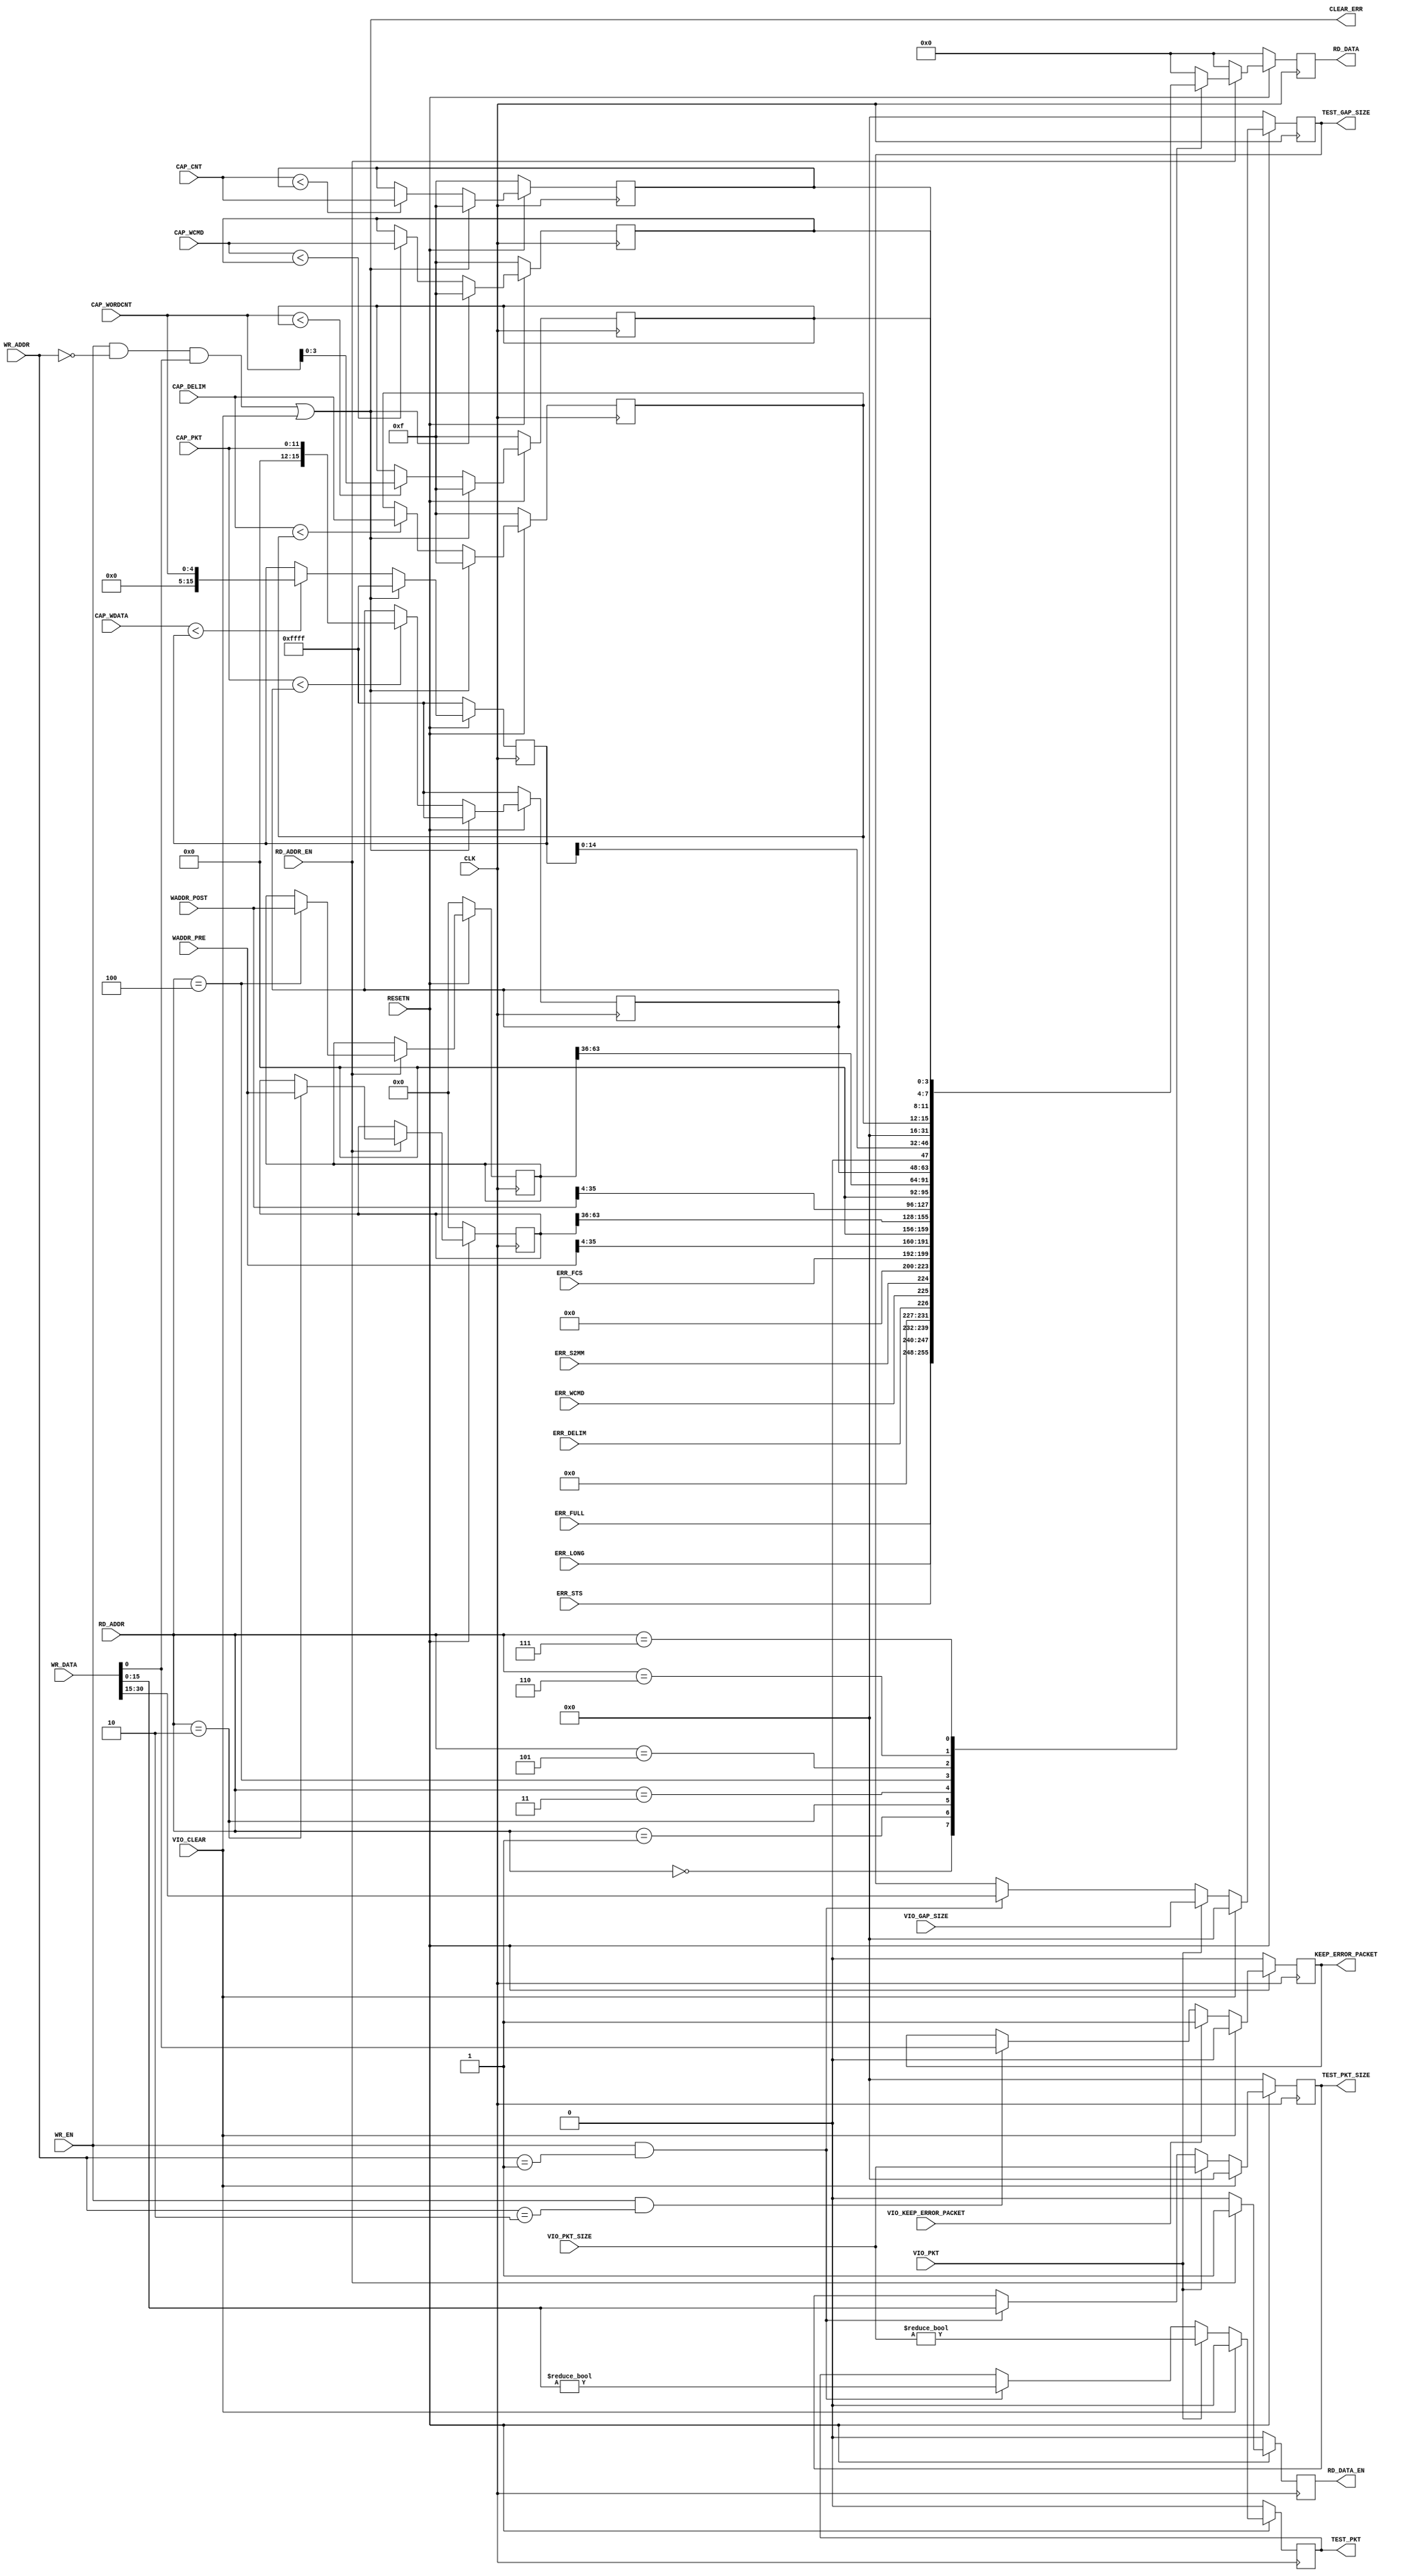

// Copyright (C) Akira Higuchi  ( https://github.com/ahiguti )
// Copyright (C) DeNA Co.,Ltd. ( https://dena.com )
// All rights reserved.
// See COPYRIGHT.txt for details


module rx_wrmem_regs(
input CLK,
input RESETN,
input RD_ADDR_EN,
input [7:0] RD_ADDR,
output RD_DATA_EN,
output [31:0] RD_DATA,
input WR_EN,
input [7:0] WR_ADDR,
input [31:0] WR_DATA,
input ERR_S2MM,
input ERR_WCMD,
input ERR_DELIM,
input [7:0] ERR_STS,
input [63:0] WADDR_PRE,
input [63:0] WADDR_POST,
input [7:0] ERR_LONG,
input [7:0] ERR_FCS,
input [7:0] ERR_FULL,
input [11:0] CAP_PKT,
input [14:0] CAP_WDATA,
input [4:0] CAP_WORDCNT,
input [3:0] CAP_WCMD,
input [3:0] CAP_CNT,
input [3:0] CAP_DELIM,
input VIO_CLEAR,
input VIO_PKT,
input [15:0] VIO_PKT_SIZE,
input [15:0] VIO_GAP_SIZE,
input VIO_KEEP_ERROR_PACKET,
output CLEAR_ERR,
output TEST_PKT,
output [15:0] TEST_PKT_SIZE,
output [15:0] TEST_GAP_SIZE,
output KEEP_ERROR_PACKET
);

reg rd_data_en;
reg [31:0] rd_data;

reg [63:0] waddr_pre;
reg [63:0] waddr_post;

reg [15:0] cap_pkt;
reg [15:0] cap_wdata;
reg [3:0] cap_wordcnt;
reg [3:0] cap_wcmd;
reg [3:0] cap_cnt;
reg [3:0] cap_delim;

reg test_pkt;
reg [15:0] test_pkt_size;
reg [15:0] test_gap_size;
reg keep_error_packet;

wire clear_err = (WR_EN && (WR_ADDR == 0) && WR_DATA[0]) || VIO_CLEAR;

function [31:0] get_rd;
input [255:0] addr;
case (addr)
8'h00: get_rd = { ERR_FULL[7:0], ERR_LONG[7:0], ERR_STS[7:0], 5'b0, ERR_DELIM, ERR_WCMD, ERR_S2MM };
8'h01: get_rd = { 24'b0, ERR_FCS[7:0] };
8'h02: get_rd = { WADDR_PRE[35:4] };
8'h03: get_rd = { 4'b0, waddr_pre[63:36] };
8'h04: get_rd = { WADDR_POST[35:4] };
8'h05: get_rd = { 4'b0, waddr_post[63:36] };
8'h06: get_rd = { cap_pkt[15:0], 1'b0, cap_wdata[14:0] };
8'h07: get_rd = { 16'b0, cap_delim, cap_cnt, cap_wcmd, cap_wordcnt };
default: get_rd = 0;
endcase
endfunction

assign RD_DATA = rd_data;
assign RD_DATA_EN = rd_data_en;
assign CLEAR_ERR = clear_err;
assign TEST_PKT = test_pkt;
assign TEST_PKT_SIZE = test_pkt_size;
assign TEST_GAP_SIZE = test_gap_size;
assign KEEP_ERROR_PACKET = keep_error_packet;

always @(posedge CLK) begin
    if (!RESETN) begin
        rd_data_en <= 0;
        rd_data <= 0;
        waddr_pre <= 0;
        waddr_post <= 0;
        cap_pkt <= 16'hffff;
        cap_wdata <= 16'hffff;
        cap_wordcnt <= 4'hf;
        cap_wcmd <= 4'hf;
        cap_cnt <= 4'hf;
        cap_delim <= 4'hf;
        test_pkt <= 0;
        test_pkt_size <= 0;
        test_gap_size <= 0;
        keep_error_packet <= 0;
    end else begin
        if (WR_EN && (WR_ADDR == 1)) begin
            test_pkt <= WR_DATA[15:0] != 0;
            test_pkt_size <= WR_DATA[15:0];
            test_gap_size <= WR_DATA[31:15];
        end
        if (WR_EN && (WR_ADDR == 2)) begin
            keep_error_packet <= WR_DATA[0];
        end
        rd_data_en <= 0;
        rd_data <= 0;
        if (RD_ADDR_EN) begin
            rd_data <= get_rd(RD_ADDR);
            rd_data_en <= 1;
            // latch 64bit values
            if (RD_ADDR == 2) waddr_pre <= WADDR_PRE;
            if (RD_ADDR == 4) waddr_post <= WADDR_POST;
        end
        if (VIO_PKT) begin
            test_pkt <= VIO_PKT_SIZE != 0;
            test_pkt_size <= VIO_PKT_SIZE;
            test_gap_size <= VIO_GAP_SIZE;
        end
        if (VIO_KEEP_ERROR_PACKET) begin
            keep_error_packet <= 1;
        end
        if (VIO_CLEAR) begin
            test_pkt <= 0;
            test_pkt_size <= 0;
            test_gap_size <= 0;
            keep_error_packet <= 0;
        end
        if (clear_err) begin
            cap_pkt <= 16'hffff;
            cap_wdata <= 16'hffff;
            cap_wordcnt <= 4'hf;
            cap_wcmd <= 4'hf;
            cap_cnt <= 4'hf;
            cap_delim <= 4'hf;
        end else begin
            if (CAP_PKT < cap_pkt) cap_pkt <= CAP_PKT;
            if (CAP_WDATA < cap_wdata) cap_wdata <= CAP_WORDCNT;
            if (CAP_WORDCNT < cap_wordcnt) cap_wordcnt <= CAP_WORDCNT;
            if (CAP_WCMD < cap_wcmd) cap_wcmd <= CAP_WCMD;
            if (CAP_CNT < cap_cnt) cap_cnt <= CAP_CNT;
            if (CAP_DELIM < cap_delim) cap_delim <= CAP_DELIM;
        end
    end
end

endmodule